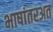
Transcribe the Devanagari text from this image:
भाषांतरअत